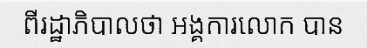
ពីរដ្ឋាភិបាលថា អង្គការលោក បាន